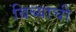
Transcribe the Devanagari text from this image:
बिब्याची